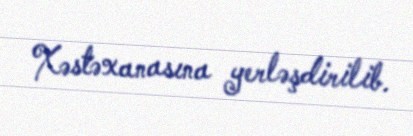
Xəstəxanasına yerləşdirilib.